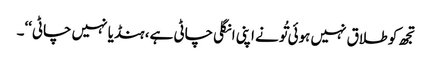
تجھ کو طلاق نہیں ہوئی تُونے اپنی انگلی چاٹی ہے، ہنڈیا نہیں چاٹی‘‘۔